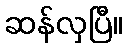
ဆန်လှပြီ။